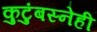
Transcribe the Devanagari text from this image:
कुटुंबस्नेही